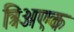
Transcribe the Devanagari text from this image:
त्रिअएक